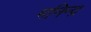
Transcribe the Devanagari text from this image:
मनिन्द्र